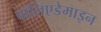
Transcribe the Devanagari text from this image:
पॉलिएडेमाइन